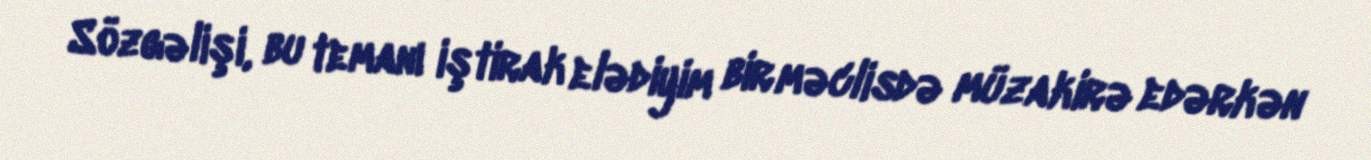
Sözgəlişi, bu temanı iştirak elədiyim bir məclisdə müzakirə edərkən